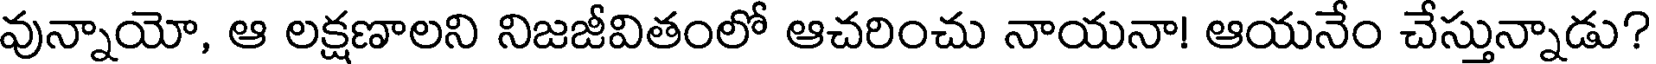
వున్నాయో, ఆ లక్షణాలని నిజజీవితంలో ఆచరించు నాయనా! ఆయనేం చేస్తున్నాడు?